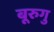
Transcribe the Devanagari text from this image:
बूरुगु